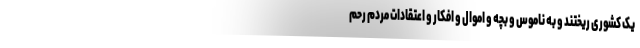
یک کشوری ریختند و به ناموس و بچه و اموال و افکار و اعتقادات مردم رحم